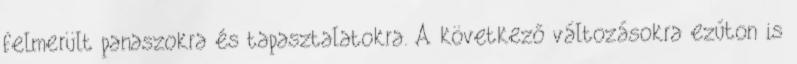
felmerült panaszokra és tapasztalatokra. A következő változásokra ezúton is